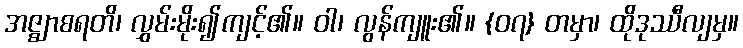
အဇ္ဈာစရတိ၊ လွှမ်းမိုး၍ကျင့်၏။ ဝါ၊ လွန်ကျူး၏။ {၀၇} တမှာ၊ ထိုဒုဿီလျမှ။